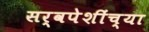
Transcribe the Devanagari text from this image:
सर्वपेशींच्या